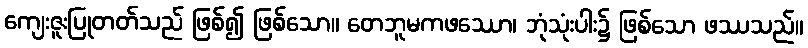
ကျေးဇူးပြုတတ်သည် ဖြစ်၍ ဖြစ်သော။ တေဘူမကဖဿော၊ ဘုံသုံးပါး၌ ဖြစ်သော ဖဿသည်။